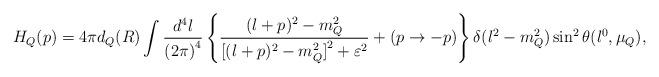
LaTeX: \begin{align*}H_Q(p)=4\pi d_Q(R)\int \frac{d^4l}{{(2\pi)}^4}\left\{ \frac{(l+p)^2-m_Q^2}{{[(l+p)^2-m_Q^2]}^2+\varepsilon^2}+(p\to -p) \right\}\delta(l^2-m_Q^2)\sin^2\theta(l^0,\mu_Q),\end{align*}